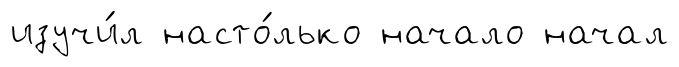
изучи́л насто́лько начало начал